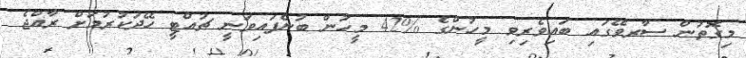
މިގޮތުން ސާރވޭގައި ބައިވެރިވި މީހުންގެ %42 މީހުން ބުނެފައިވަނީ ޗުއްޓީ ހޭދަކުރުމަށް ރާއްޖެ